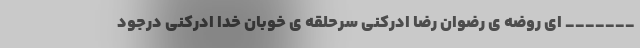
_______ ای روضه ی رضوان رضا ادرکنی سرحلقه ی خوبان خدا ادرکنی درجود